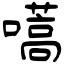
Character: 嚆